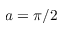
a = \pi / 2